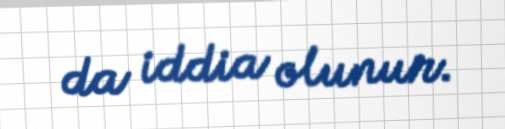
da iddia olunur.